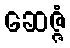
ဆေဇ္ဇံ